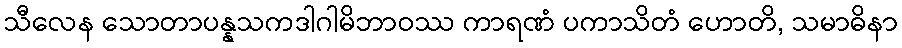
သီလေန သောတာပန္နသကဒါဂါမိဘာဝဿ ကာရဏံ ပကာသိတံ ဟောတိ, သမာဓိနာ